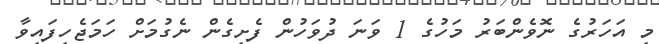
މި އަހަރުގެ ނޮވެންބަރު މަހުގެ 1 ވަނަ ދުވަހުން ފެށިގެން ނެގުމަށް ހަމަޖެހިފައިވާ